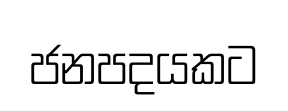
ජනපදයකට